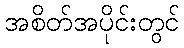
အစိတ်အပိုင်းတွင်